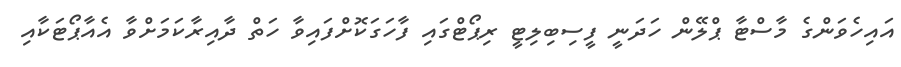
އައިހެވަންގެ މާސްޓާ ޕްލޭން ހަދަނީ ފީސިބިލިޓީ ރިޕޯޓްގައި ފާހަގަކޮށްފައިވާ ހަތް ދާއިރާކަމަށްވާ އެއާޕޯޓަކާއި